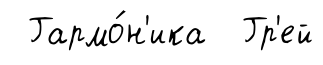
Гармо́н'ика Гр'ей